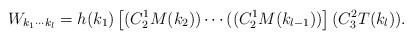
LaTeX: \begin{align*}W_{k_{1}\cdots k_{l}}=h(k_{1})\left[ (C_{2}^{1}M(k_{2}))\cdots((C_{2}^{1}M(k_{l-1}))\right] (C_{3}^{2}T(k_{l})). \end{align*}